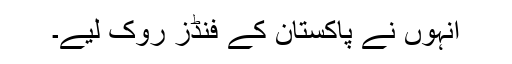
انہوں نے پاکستان کے فنڈز روک لیے۔